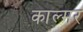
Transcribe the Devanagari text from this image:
काल्मर